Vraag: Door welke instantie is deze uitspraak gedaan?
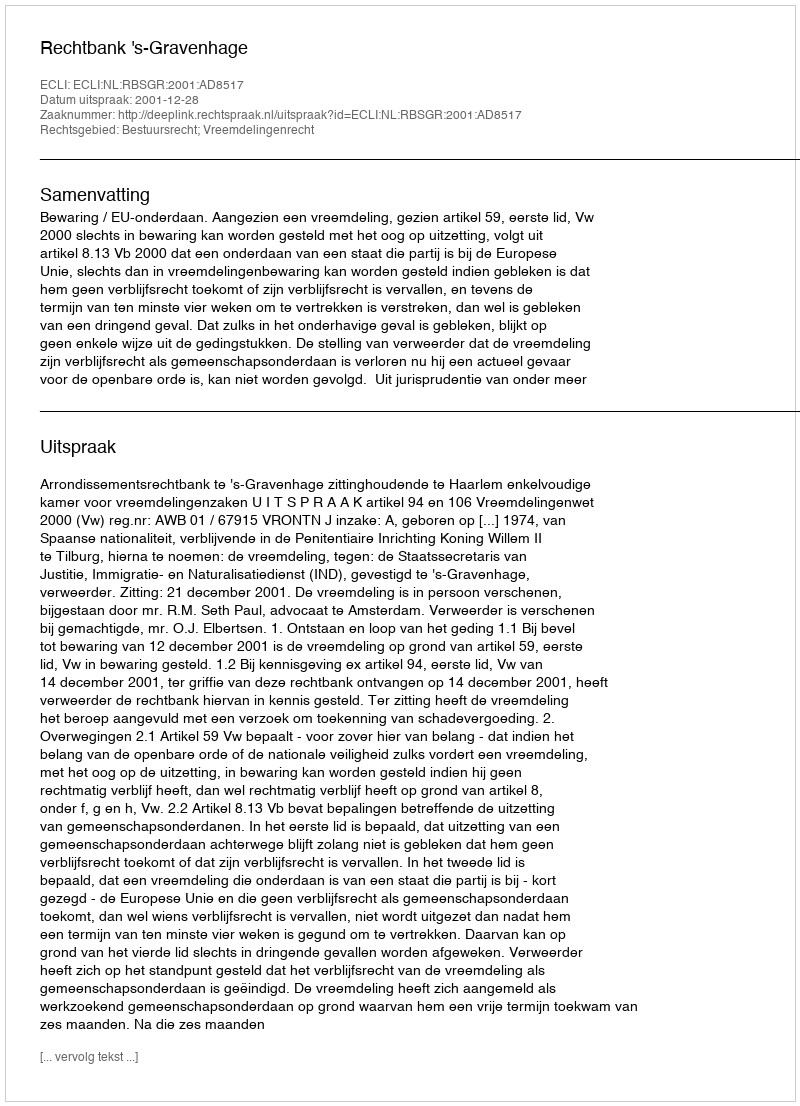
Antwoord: Rechtbank 's-Gravenhage